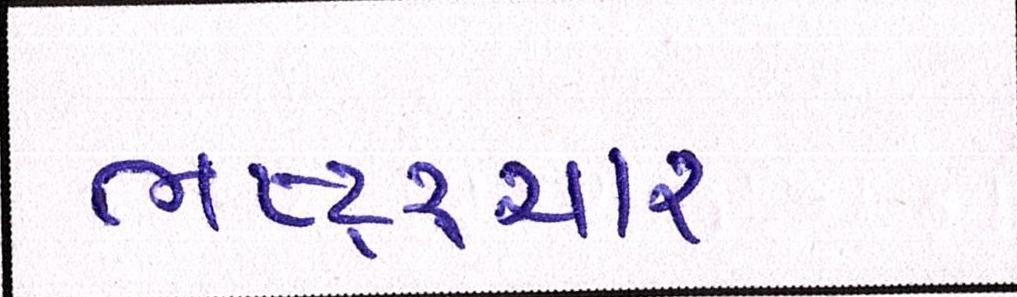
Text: ભષ્ટ્ર્ચાર